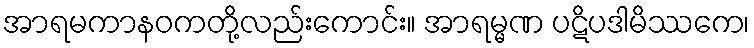
အာရမကာနဝကတို့လည်းကောင်း။ အာရမ္မဏ ပဋိပဒါမိဿကေ၊